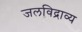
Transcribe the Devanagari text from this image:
जलविद्राव्य